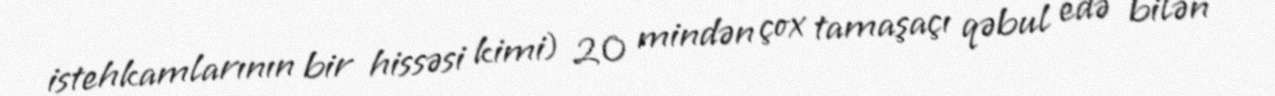
istehkamlarının bir hissəsi kimi) 20 mindən çox tamaşaçı qəbul edə bilən